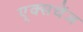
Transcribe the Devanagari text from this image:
ए्क्सचेंज